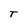
Character: T